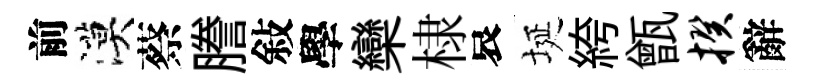
前漠蔡謄敍學欒棣哀埏絝甑揆辭